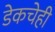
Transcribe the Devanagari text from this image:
डेकचेही